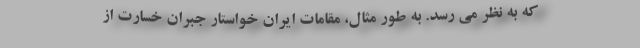
که به نظر می رسد. به طور مثال، مقامات ایران خواستار جبران خسارت از